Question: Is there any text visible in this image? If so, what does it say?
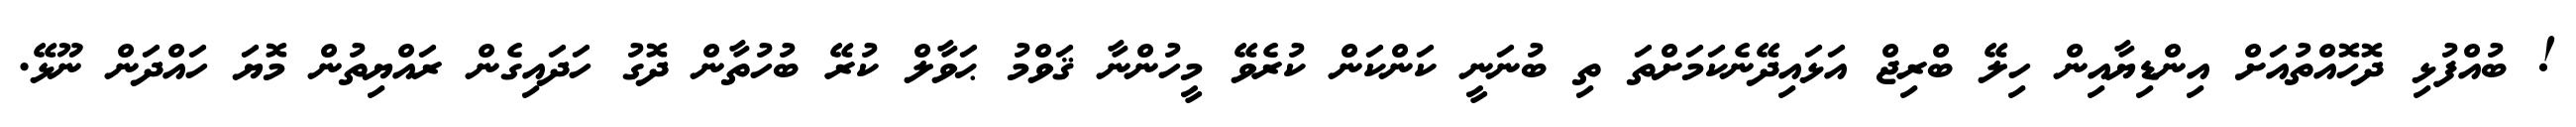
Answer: ! ބުއްފުޅި ދޮހޮއްތުއަށް އިންޑިޔާއިން ހިލޭ ބްރިޖް އަޅައިދޭނެކަމަށްތަ ތި ބުނަނީ ކަންކަން ކުރެވޭ މީހުންނާ ޤަވްމު ޙަވާލް ކުރޭ ބުހުތާން ދޮގު ހަދައިގެން ރައްޔިތުން މޮޔަ ހައްދަން ނޫޅޭ.